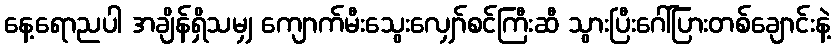
နေ့ရောညပါ အချိန်ရှိသမျှ ကျောက်မီးသွေးလျှော်စင်ကြီးဆီ သွားပြီးဂေါ်ပြားတစ်ချောင်းနဲ့